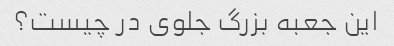
این جعبه بزرگ جلوی در چیست؟